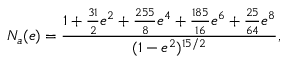
N _ { a } ( e ) = \frac { 1 + \frac { 3 1 } { 2 } e ^ { 2 } + \frac { 2 5 5 } { 8 } e ^ { 4 } + \frac { 1 8 5 } { 1 6 } e ^ { 6 } + \frac { 2 5 } { 6 4 } e ^ { 8 } } { ( 1 - e ^ { 2 } ) ^ { 1 5 / 2 } } ,